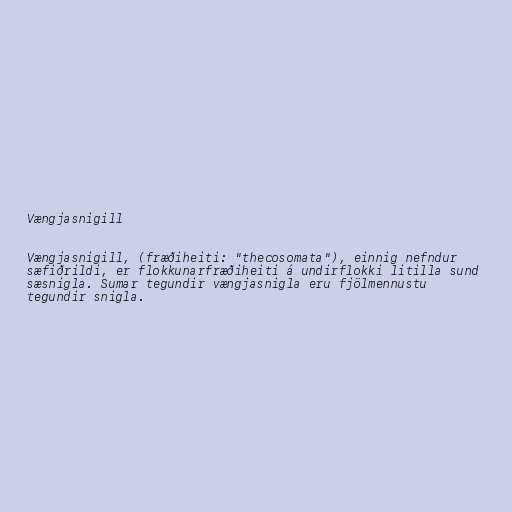
Vængjasnigill

Vængjasnigill, (fræðiheiti: "thecosomata"), einnig nefndur
sæfiðrildi, er flokkunarfræðiheiti á undirflokki litilla sund
sæsnigla. Sumar tegundir vængjasnigla eru fjölmennustu
tegundir snigla.